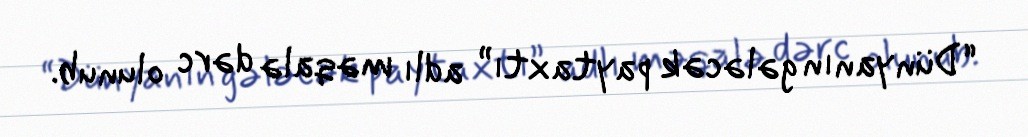
“Dünyanın gələcək paytaxtı” adlı məqalə dərc olunub.